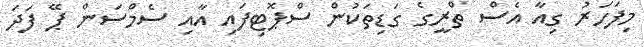
މިފަހަރު ގިއާ އެސް ތްރީގެ ގަޑިތަކުން ސްޕޮޓިފައި އާއި ސެމްސަން ޕޭ ފަދަ